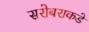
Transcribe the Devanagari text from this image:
सरोबराकडे